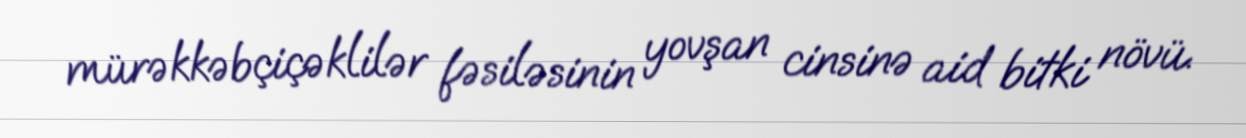
mürəkkəbçiçəklilər fəsiləsinin yovşan cinsinə aid bitki növü.